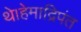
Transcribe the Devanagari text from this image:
थे।हेमाद्रिपंत